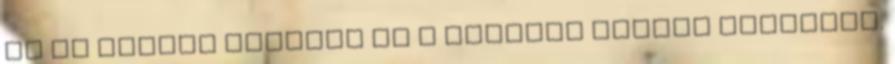
az ír Daniel Martint és a holland Robert Gesinket.